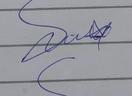
Signature authenticity: genuine